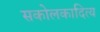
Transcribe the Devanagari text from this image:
सकोलकादित्य